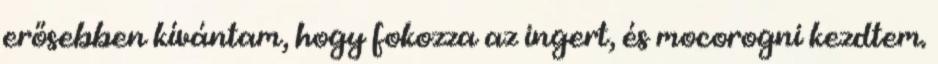
erősebben kívántam, hogy fokozza az ingert, és mocorogni kezdtem.